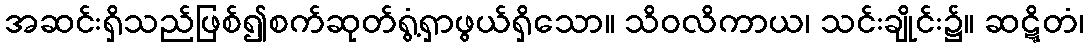
အဆင်းရှိသည်ဖြစ်၍စက်ဆုတ်ရွံ့ရှာဖွယ်ရှိသော။ သိဝလိကာယ၊ သင်းချိုင်း၌။ ဆဋ္ဋိတံ၊